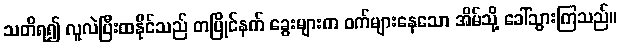
သတိရ၍ လူလဲပြီးထနိုင်သည် တပြိုင်နက် ခွေးများက ဝက်များနေသော အိမ်သို့ ခေါ်သွားကြသည်။